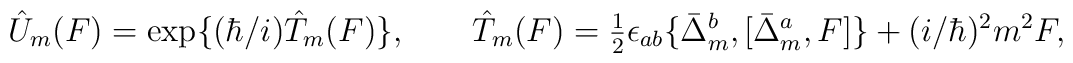
\hat{U}_m(F) = {\rm exp}\{ (\hbar/ i) \hat{T}_m(F) \},\qquad\hat{T}_m(F) = \hbox{$\frac{1}{2}$} \epsilon_{ab} \{ \bar{\Delta}_m^b, [ \bar{\Delta}_m^a, F ] \} + (i/ \hbar)^2 m^2 F,